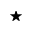
\star